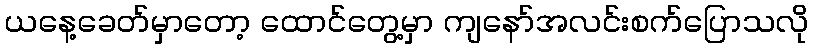
ယနေ့ခေတ်မှာတော့ ထောင်တွေ့မှာ ကျနော်အလင်းစက်ပြောသလို